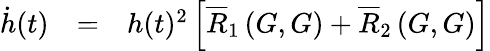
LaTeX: \begin{array}{lll}{\dot{h}(t)}&{=}&{h(t)^{2}\left[\overline{{R}}_{1}\left(G,G\right)+\overline{{R}}_{2}\left(G,G\right)\right]}\end{array}